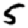
Digit: 5